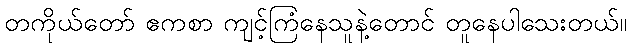
တကိုယ်တော် ဧကစာ ကျင့်ကြံနေသူနဲ့တောင် တူနေပါသေးတယ်။